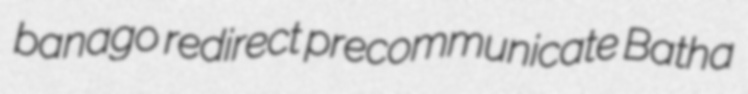
banago redirect precommunicate Batha